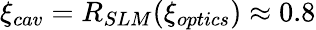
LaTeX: \xi_{cav}=R_{SLM}(\xi_{optics})\approx 0.8